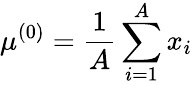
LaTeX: \mu^{(0)}=\frac{1}{A}\sum_{i=1}^{A}x_{i}